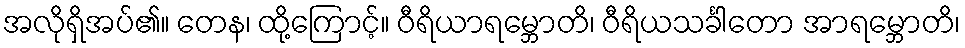
အလိုရှိအပ်၏။ တေန၊ ထို့ကြောင့်။ ဝီရိယာရမ္ဘောတိ၊ ဝီရိယသင်္ခါတော အာရမ္ဘောတိ၊